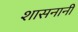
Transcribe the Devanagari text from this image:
शासनानी